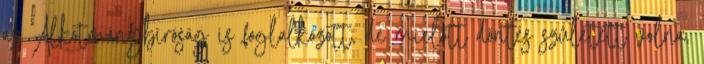
az Alkotmánybíróság is foglalkozott, de mielőtt döntés született volna,